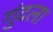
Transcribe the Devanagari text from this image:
गुंदला